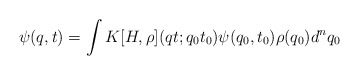
\begin{align*}\psi (q,t) = \int K[H,\rho ](qt;q_0 t_0 ) \psi (q_0 ,t_0 ) \rho (q_0 ) d^n q_0 \end{align*}